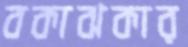
বকাঝকার